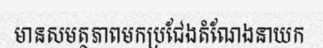
មានសមត្ថភាពមកប្រជែងតំណែងនាយក